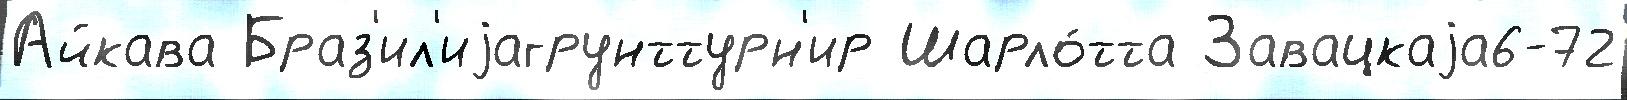
Айкава Браз'ил'иjагрунттурн'ир Шарло́тта Завацкаjа6-72